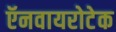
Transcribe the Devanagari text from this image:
ऍनवायरोटेक